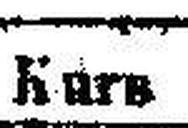
Kurs